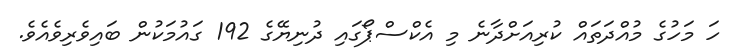
ހަ މަހުގެ މުއްދަތައް ކުރިއަށްދާނެ މި އެކްސްޕޯގައި ދުނިޔޭގެ 192 ގައުމަކުން ބައިވެރިވެއެވެ.